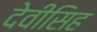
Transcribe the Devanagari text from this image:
देवीसिह